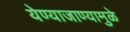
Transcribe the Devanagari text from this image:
येण्याजाण्यामुळे